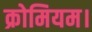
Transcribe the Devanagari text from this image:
क्रोमियम।